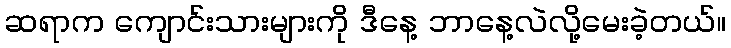
ဆရာက ကျောင်းသားများကို ဒီနေ့ ဘာနေ့လဲလို့မေးခဲ့တယ်။